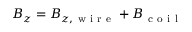
B _ { z } = B _ { z , \mathrm { ~ w ~ i ~ r ~ e ~ } } + B _ { \mathrm { ~ c ~ o ~ i ~ l ~ } }